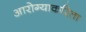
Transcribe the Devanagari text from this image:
आरोग्याकरिता